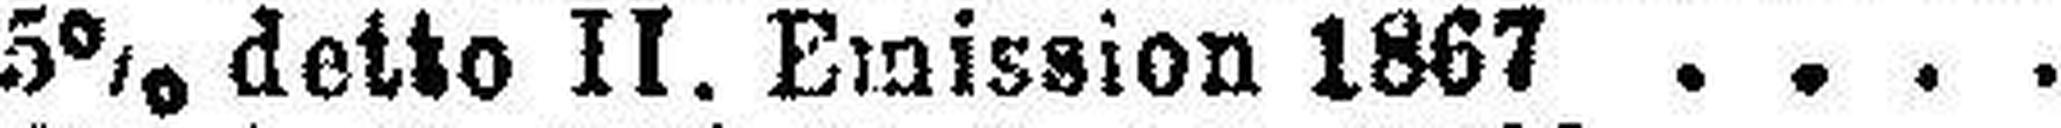
5% detto II. Emission 1867